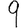
Digit: 9